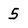
Character: 5